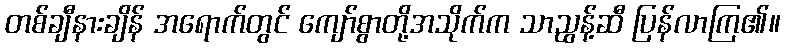
တစ်ချီနားချိန် အရောက်တွင် ကျော်စွာတို့အသိုက်က သာညွန့်ဆီ ပြန်လာကြ၏။